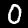
Label: 0